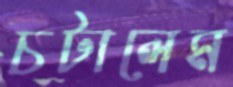
চটালেম